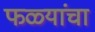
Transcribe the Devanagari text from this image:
फळ्यांचा